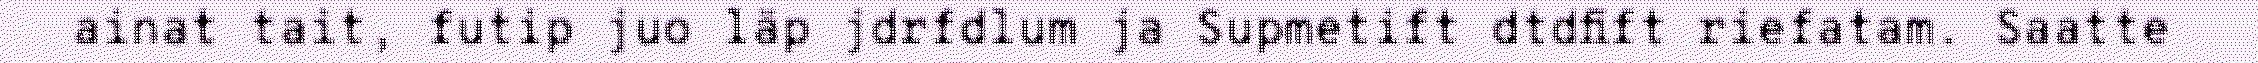
ainat tait, futip juo läp jdrfdlum ja Supmetift dtdfift riefatam. Saatte